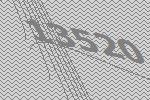
13520